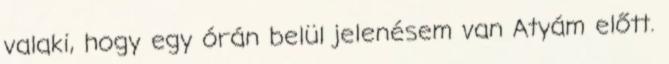
valaki, hogy egy órán belül jelenésem van Atyám előtt.